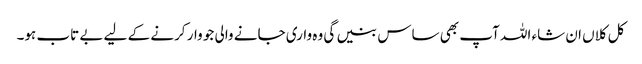
کل کلاں ان شاء اللہ آپ بھی ساس بنیں گی وہ واری جانے والی جو وار کرنے کے لیے بے تاب ہو۔